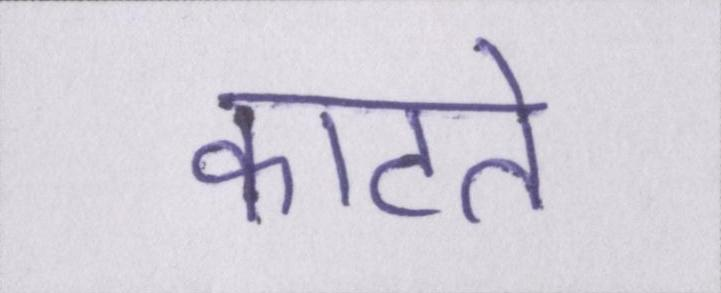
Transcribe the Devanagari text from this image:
काटते